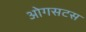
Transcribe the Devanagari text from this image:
ओगसटस